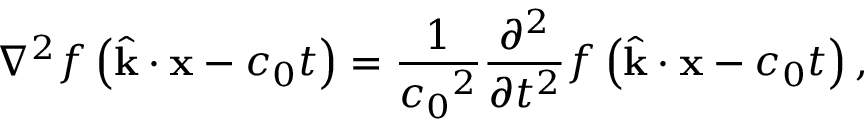
\nabla ^ { 2 } f \left( { \hat { \mathbf { k } } } \cdot \mathbf { x } - c _ { 0 } t \right) = { \frac { 1 } { { c _ { 0 } } ^ { 2 } } } { \frac { \partial ^ { 2 } } { \partial t ^ { 2 } } } f \left( { \hat { \mathbf { k } } } \cdot \mathbf { x } - c _ { 0 } t \right) ,